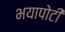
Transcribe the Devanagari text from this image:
भयापोटी